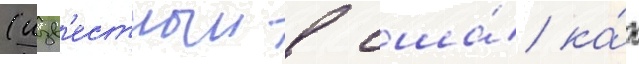
(изв'естныи в сша́ ка́к